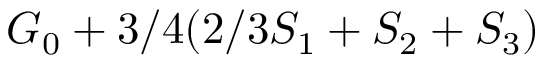
G _ { 0 } + 3 / 4 ( 2 / 3 S _ { 1 } + S _ { 2 } + S _ { 3 } )